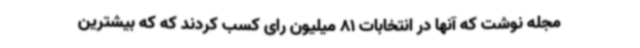
مجله نوشت که آنها در انتخابات 81 میلیون رای کسب کردند که که بیشترین